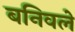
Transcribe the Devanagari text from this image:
बनिवले